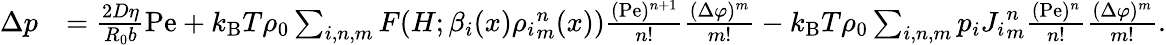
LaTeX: \begin{array}{rl}{\Delta p}&{=\frac{2D\eta}{R_{0}b}\mathrm{Pe}+k_{\mathrm{B}}T\rho_{0}\sum_{i,n,m}F(H;\beta_{i}(x){\rho_{i}}_{m}^{n}(x))\frac{(\mathrm{Pe})^{n+1}}{n!}\frac{(\Delta\varphi)^{m}}{m!}-k_{\mathrm{B}}T\rho_{0}\sum_{i,n,m}p_{i}{J_{i}}_{m}^{n}\frac{(\mathrm{Pe})^{n}}{n!}\frac{(\Delta\varphi)^{m}}{m!}.}\end{array}